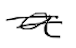
Text: a
Cross-out: double-line
Writing tool: digital_black